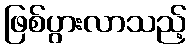
ဖြစ်ပွားလာသည့်